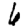
Digit: 6